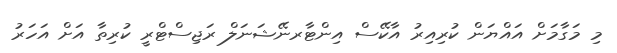
މި މަގާމަށް އައްޔަން ކުރިއިރު އާކޭސް އިންޓާރނޭޝަނަލް ރަޖިސްޓްރީ ކުރިތާ އަށް އަހަރު